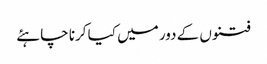
فتنوں کے دور میں کیا کرنا چاہئے